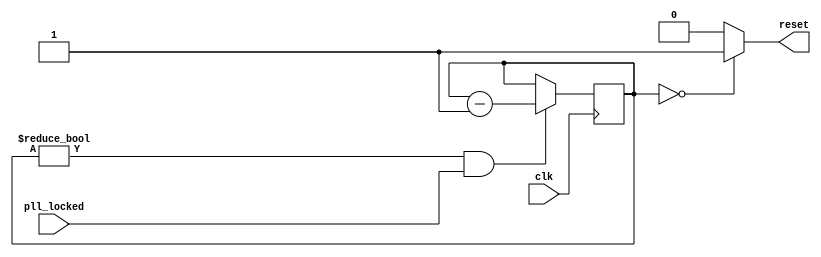
// This program was cloned from: https://github.com/SySS-Research/icestick-lpc-tpm-sniffer
// License: GNU General Public License v3.0

/*
 * iCEstick LPC TPM Sniffer (power_on_reset.v)
 * 
 * Power on reset
 */

module power_on_reset(
	input wire clk,
	input wire pll_locked,
	output reg reset
);

    // registers
    reg [31:0] counter = 32'h2;

    // synchronous logic
    always @(*)
    begin
        if (counter == 32'd0)
            reset = 1'b1;
        else
            reset = 1'b0;
    end

    always @(posedge clk)
    begin
        if (counter != 32'd0 && pll_locked)
            counter <= counter - 1'd1;
    end

endmodule